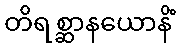
တိရစ္ဆာနယောနိံ